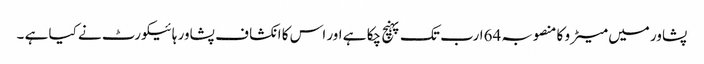
پشاور میں میٹر و کا منصوبہ 64ارب تک پہنچ چکا ہے اور اس کا انکشا ف پشاور ہائیکورٹ نے کیا ہے ۔